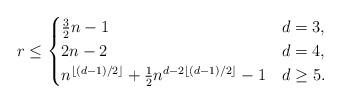
LaTeX: \begin{align*}r \le \begin{cases}\tfrac{3}{2} n - 1 & d = 3, \\2n - 2 & d = 4, \\n^{\lfloor(d-1)/2\rfloor} + \frac{1}{2}n^{d - 2\lfloor(d-1)/2\rfloor} - 1 & d \ge 5.\end{cases}\end{align*}